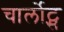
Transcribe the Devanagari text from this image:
चार्लोट्स